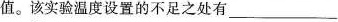
值。该实验温度设置的不足之处有_________